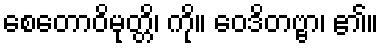
စေတောဝိမုတ္တိ၊ ကို။ ဝေဒိတဗ္ဗာ၊ ၏။